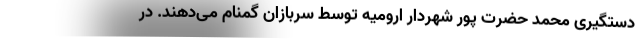
دستگیری محمد حضرت پور شهردار ارومیه توسط سربازان گمنام می‌دهند. در